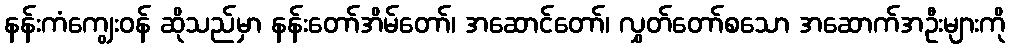
နန်းကံကျွေးဝန် ဆိုသည်မှာ နန်းတော်အိမ်တော်၊ အဆောင်တော်၊ လွှတ်တော်စသော အဆောက်အဦးများကို